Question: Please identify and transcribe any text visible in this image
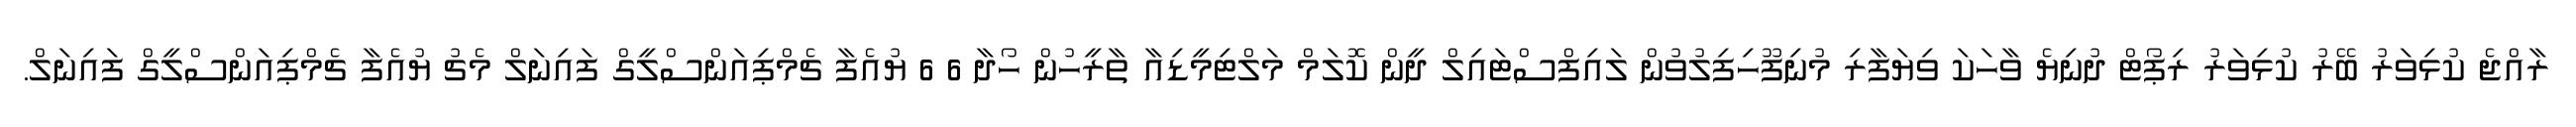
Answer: ރާއްޖެ ކުޅިވަރު ބޭރު ކުޅިވަރު ރިޕޯޓް ދުނިޔެ ވާހަކަ ވިޔަފާރި މުނިފޫހިފިލުވުން ލައިފްސްޓައިލް ދީން ކޮލަމް މަލްޓިމީޑިއާ ތާރީހުން ހޯދާ 6 6 ޔުއެފާ ޗެމްޕިއަންސްލީގް ފައިނަލް މެޗު ޔުއެފާ ޗެމްޕިއަންސްލީގް ފައިނަލް.